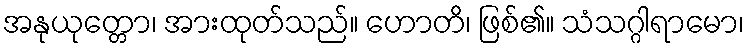
အနုယုတ္တော၊ အားထုတ်သည်။ ဟောတိ၊ ဖြစ်၏။ သံသဂ္ဂါရာမော၊